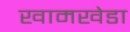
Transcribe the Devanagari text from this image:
खामखेडा